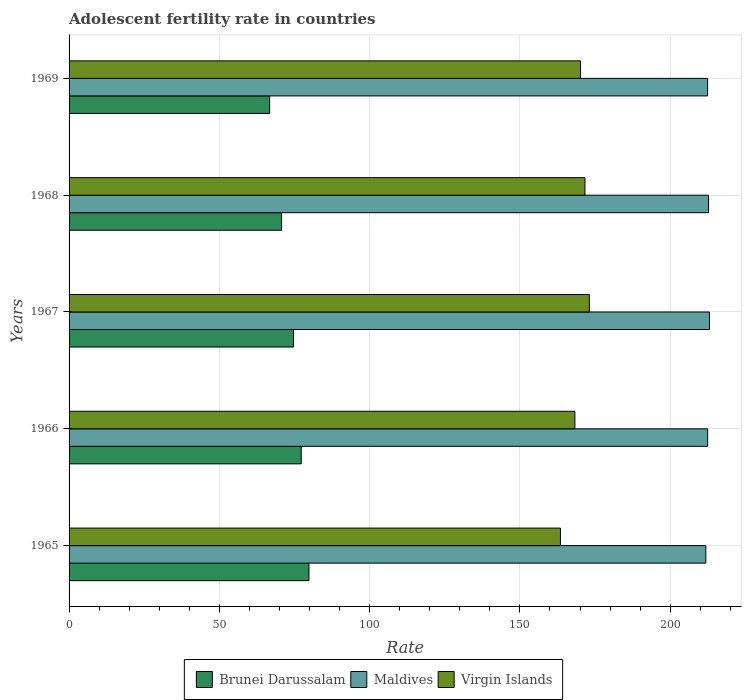
| Years | Brunei Darussalam | Maldives | Virgin Islands |
 | --- | --- | --- | --- |
 | 1965 | 79.8 | 212 | 163 |
 | 1966 | 77.2 | 212 | 168 |
 | 1967 | 74.7 | 213 | 173 |
 | 1968 | 70.7 | 213 | 172 |
 | 1969 | 66.7 | 212 | 170 |